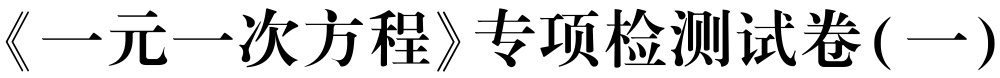
《一元一次方程》专项检测试卷(一)